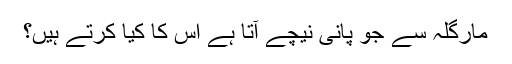
مارگلہ سے جو پانی نیچے آتا ہے اس کا کیا کرتے ہیں؟